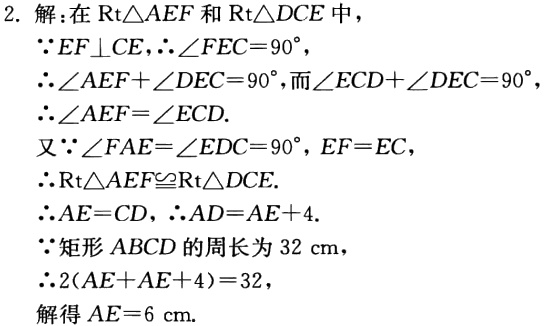
2. 解：在\(Rt\triangle AEF\)和\(Rt\triangle DCE\)中，
\(\because EF\perp CE,\therefore\angle FEC = 90^{\circ}\)，
\(\therefore\angle AEF+\angle DEC = 90^{\circ}\)，而\(\angle ECD+\angle DEC = 90^{\circ}\)，
\(\therefore\angle AEF=\angle ECD\).
又\(\because\angle FAE=\angle EDC = 90^{\circ}, EF = EC\)，
\(\therefore Rt\triangle AEF\cong Rt\triangle DCE\).
\(\therefore AE = CD, \therefore AD=AE + 4\).
\(\because\)矩形\(ABCD\)的周长为\(32\mathrm{cm}\)，
\(\therefore 2(AE + AE + 4)=32\)，
解得\(AE = 6\mathrm{cm}\).